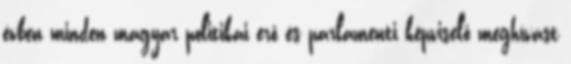
évben minden magyar politikai erő és parlamenti képviselő meghívást